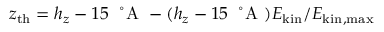
z _ { \mathrm { t h } } = h _ { z } - 1 5 ~ \mathrm { ~ \r ~ A ~ } - ( h _ { z } - 1 5 ~ \mathrm { ~ \r ~ A ~ } ) E _ { \mathrm { k i n } } / E _ { \mathrm { k i n , m a x } }